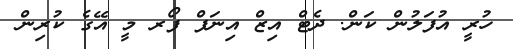
ހުރީ އުފަލުން ކަން. ދެޓް އިޒް އިނަފް ފޯރ މީ އޭގެ ކުރިން